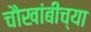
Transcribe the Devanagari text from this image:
चौखांबीच्या